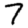
Digit: 7